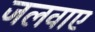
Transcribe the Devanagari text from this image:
जलवाए